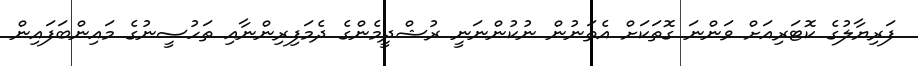
ފަރިޔާލުގެ ކޮޓަރިއަށް ވަންނަ ގޮތަކަށް އެތަނުން ނުކުންނަނީ ރުޝްދީމެންގެ ދެމަފިރިންނާއި ތަހުސީނުގެ މައިންބަފައިން